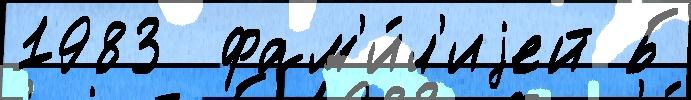
1983  фам'и́л'иjей Б